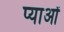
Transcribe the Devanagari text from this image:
प्याओं